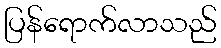
ပြန်ရောက်လာသည်